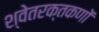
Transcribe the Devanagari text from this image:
श्वेतरक्तकणों